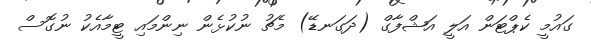
ގައުމީ ކެޕްޓަން އަލީ އަޝްފާގް (ދަގަނޑޭ) މެޗު ނުކުޅެން ނިންމައި ޓީމާއެކު ނުގޮސް